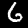
Label: 6